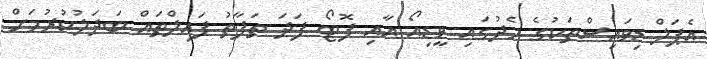
އެޕަލް ޑިވައިސްތަކުގެ މެދުގައި ވީޑިއޯ އާއި ފޮޓޯ ފަދަ ތަފާތު ފައިލްތައް ބަދަލުކުރުމަށް